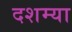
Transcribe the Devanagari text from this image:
दशम्या